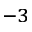
^ { - 3 }